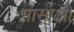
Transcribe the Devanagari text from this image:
भासाओ